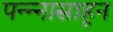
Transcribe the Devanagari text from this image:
पन्‍न्‍नासाहून